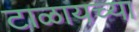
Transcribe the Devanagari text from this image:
टाळायच्या